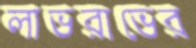
লাভরাভের